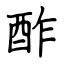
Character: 酢